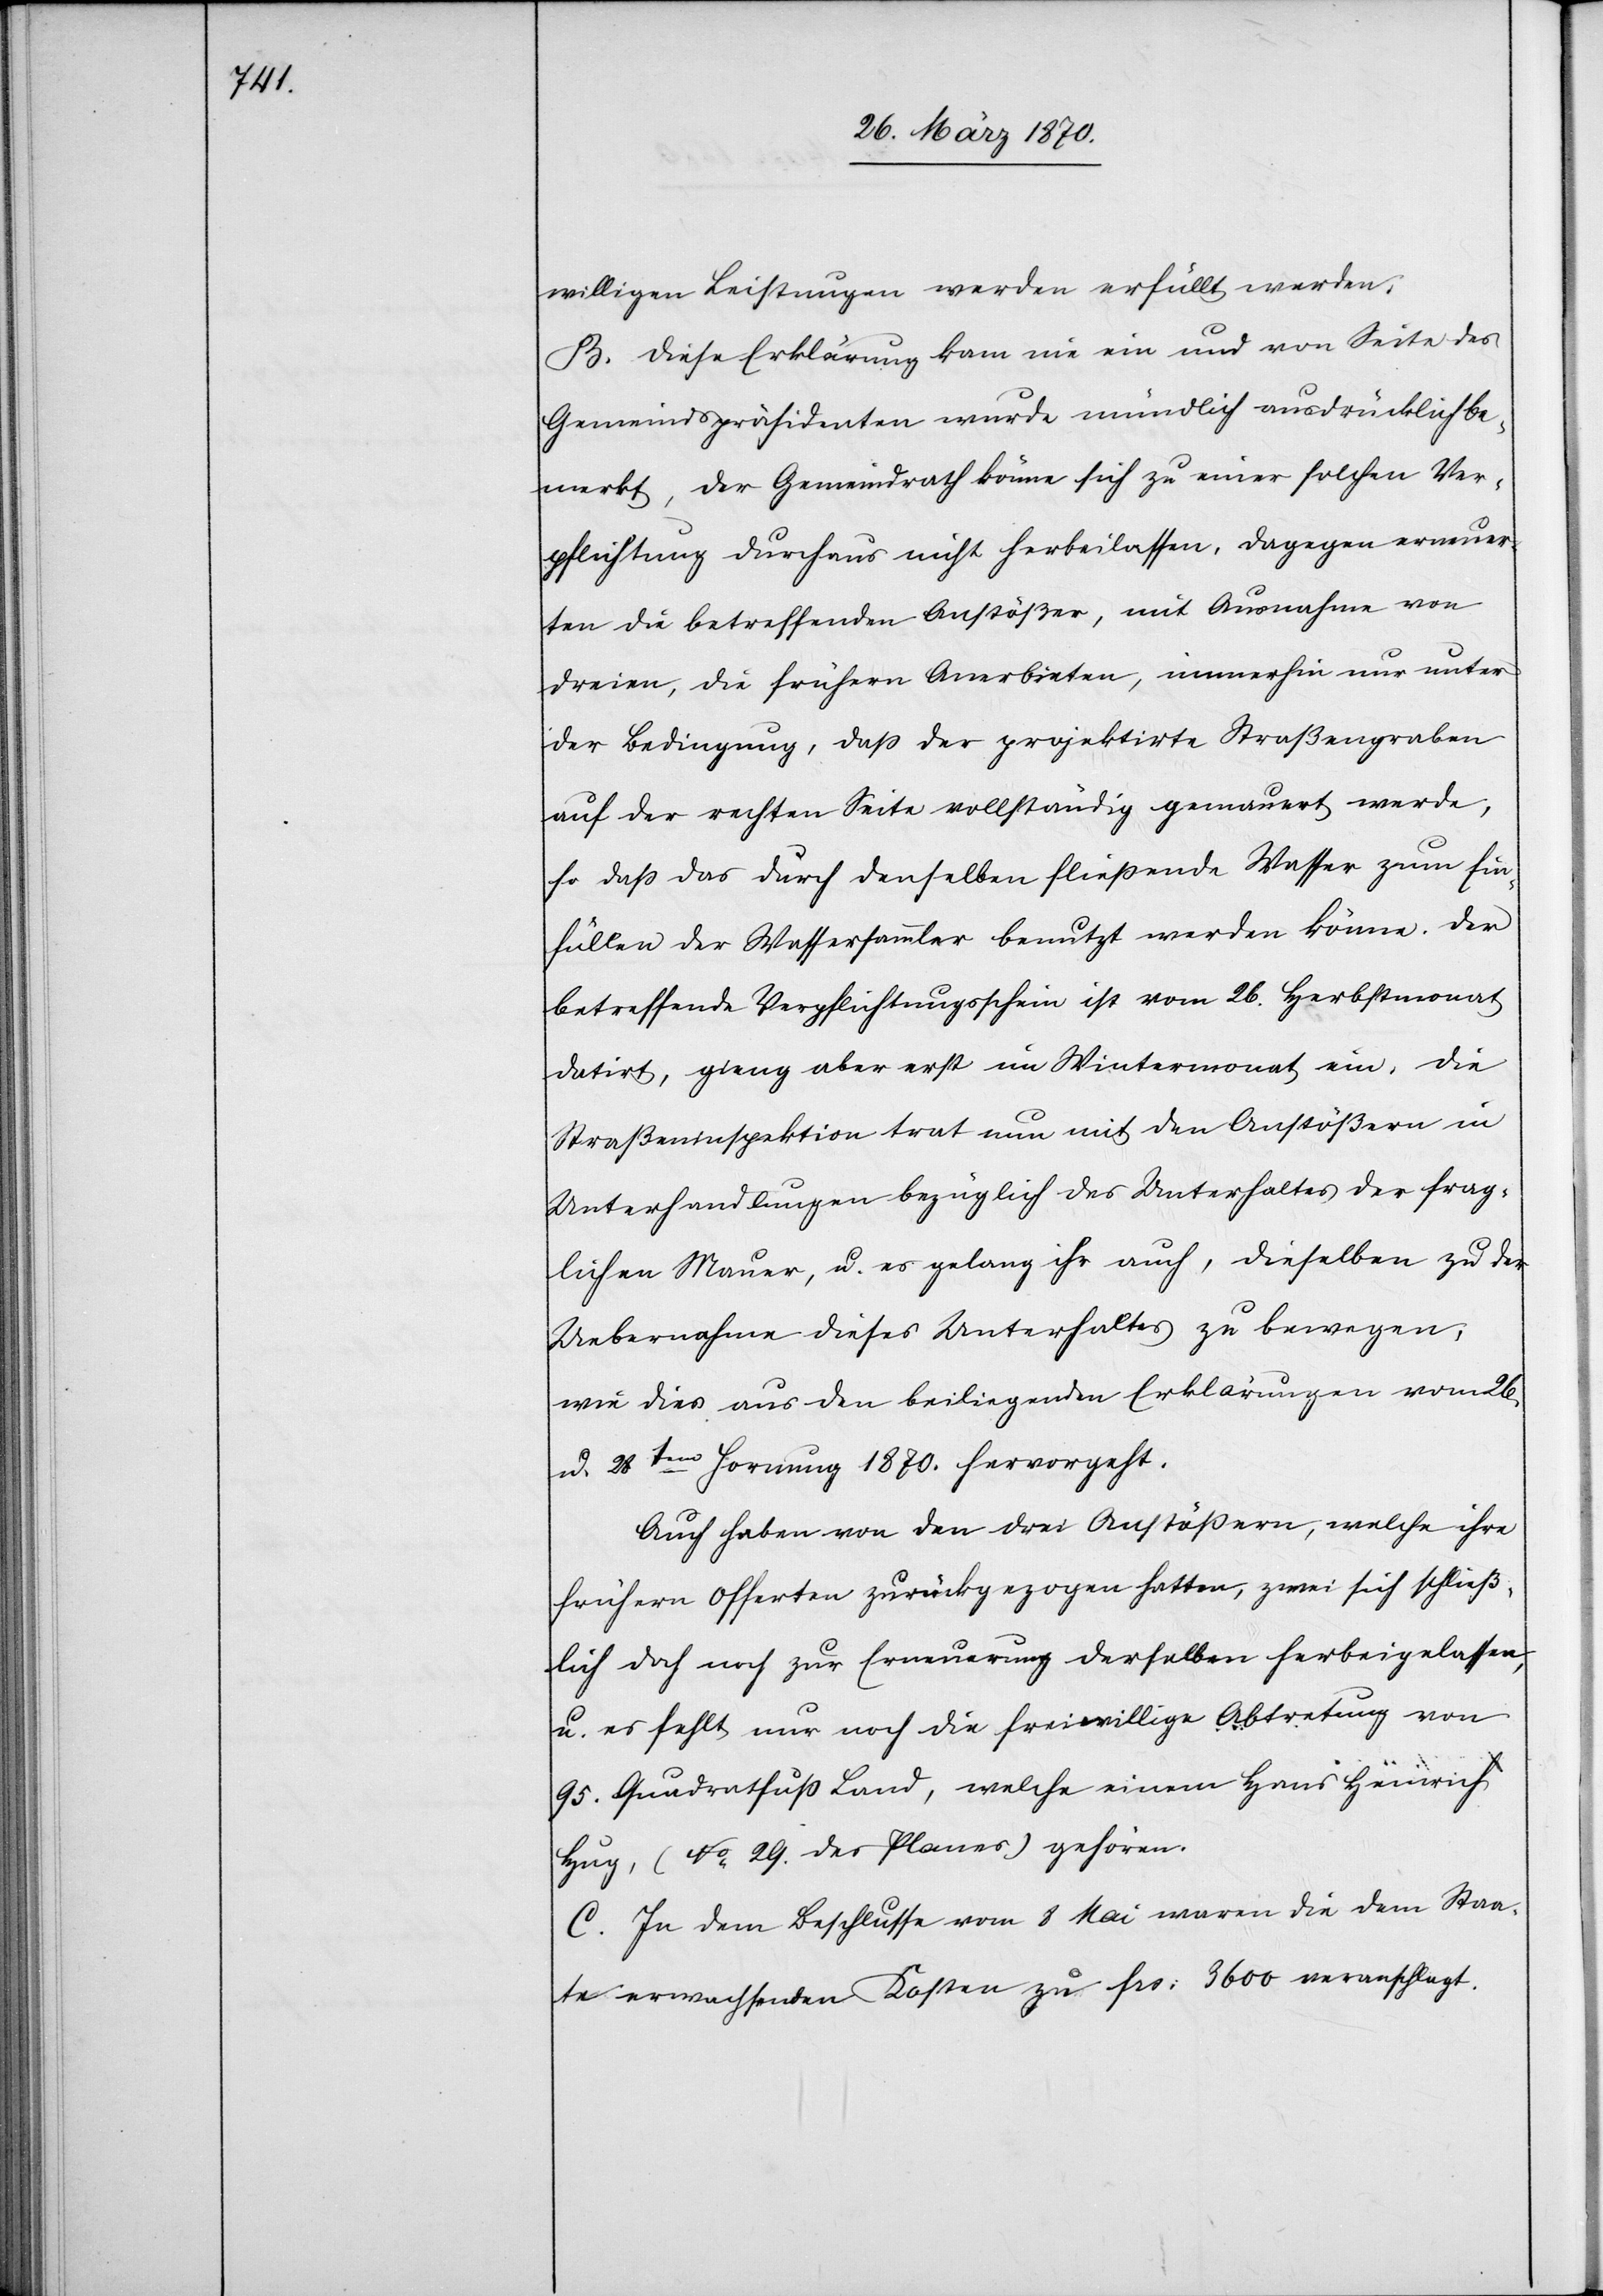
willigen Leistungen werden erfüllt werden.
B. Diese Erklärung kam nie ein und von Seite des
Gemeindspräsidenten wurde mündlich ausdrücklich be¬
merkt, der Gemeindrath könne sich zu einer solchen Ver¬
pflichtung durchaus nicht herbeilassen, dagegen erneuer¬
ten die betreffenden Anstößer, mit Ausnahme von
dreien, die frühern Anerbieten, immerhin nur unter
der Bedingung, daß der projektirte Straßengraben
auf der rechten Seite vollständig gemauert werde,
so daß das durch denselben fließende Wasser zum Ein¬
füllen der Wassersammler benutzt werden könne. Der
betreffende Verpflichtungsschein ist vom 26. Herbstmonat
datirt, gieng aber erst im Wintermonat ein. Die
Straßeninspektion trat nun mit den Anstößern in
Unterhandlungen bezüglich des Unterhaltes der frag¬
lichen Mauer, u. es gelang ihr auch, dieselben zu der
Uebernahme dieses Unterhaltes zu bewegen,
wie dies aus den beiliegenden Erklärungen vom 26.
u. 28ten Hornung 1870. hervorgeht.
Auch haben von den drei Anstößern, welche ihre
frühern Offerten zurückgezogen hatten, zwei sich schließ¬
lich doch noch zur Erneuerung derselben herbeigelassen,
u. es fehlt nur noch die freiwillige Abtretung von
95. Quadratfuß Land, welche einem Hans Heinrich
Hug, (No 29. des Planes) gehören.
C. In dem Beschlusse vom 8 Mai waren die dem Staa¬
te erwachsenden Kosten zu frs: 3600 veranschlagt.